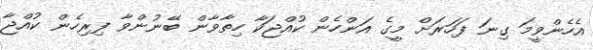
އެހެންވީމަ ގިނަ ފަހަރަށް މީގެ އަންހެން ކުއްޖަކާ ހިތާވާން ބޭނުންވާ ފިރިހެން ކުއްޖާ